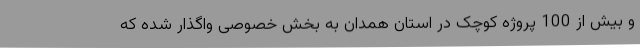
و بیش از 100 پروژه کوچک در استان همدان به بخش خصوصی واگذار شده که